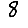
Digit: 8